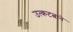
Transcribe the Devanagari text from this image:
उत्कटत्वाने